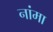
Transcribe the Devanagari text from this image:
नांमा